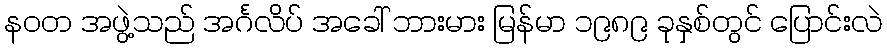
နဝတ အဖွဲ့သည် အင်္ဂလိပ် အခေါ် ဘားမား မြန်မာ ၁၉၈၉ ခုနှစ်တွင် ပြောင်းလဲ